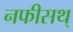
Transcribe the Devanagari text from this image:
नफीसथ्